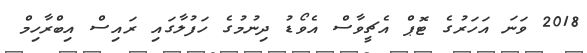
2018 ވަނަ އަހަރުގެ ޓޮޕް އެޗީވާސް އެވޯޑު ދިނުމުގެ ހަފުލާގައި ރައިސް އިބްރާހިމް